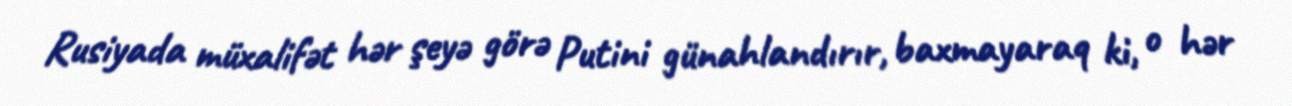
Rusiyada müxalifət hər şeyə görə Putini günahlandırır, baxmayaraq ki, o hər